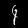
Label: 4